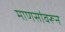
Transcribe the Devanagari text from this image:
माणसांवरून